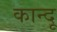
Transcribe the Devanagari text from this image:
कान्दू